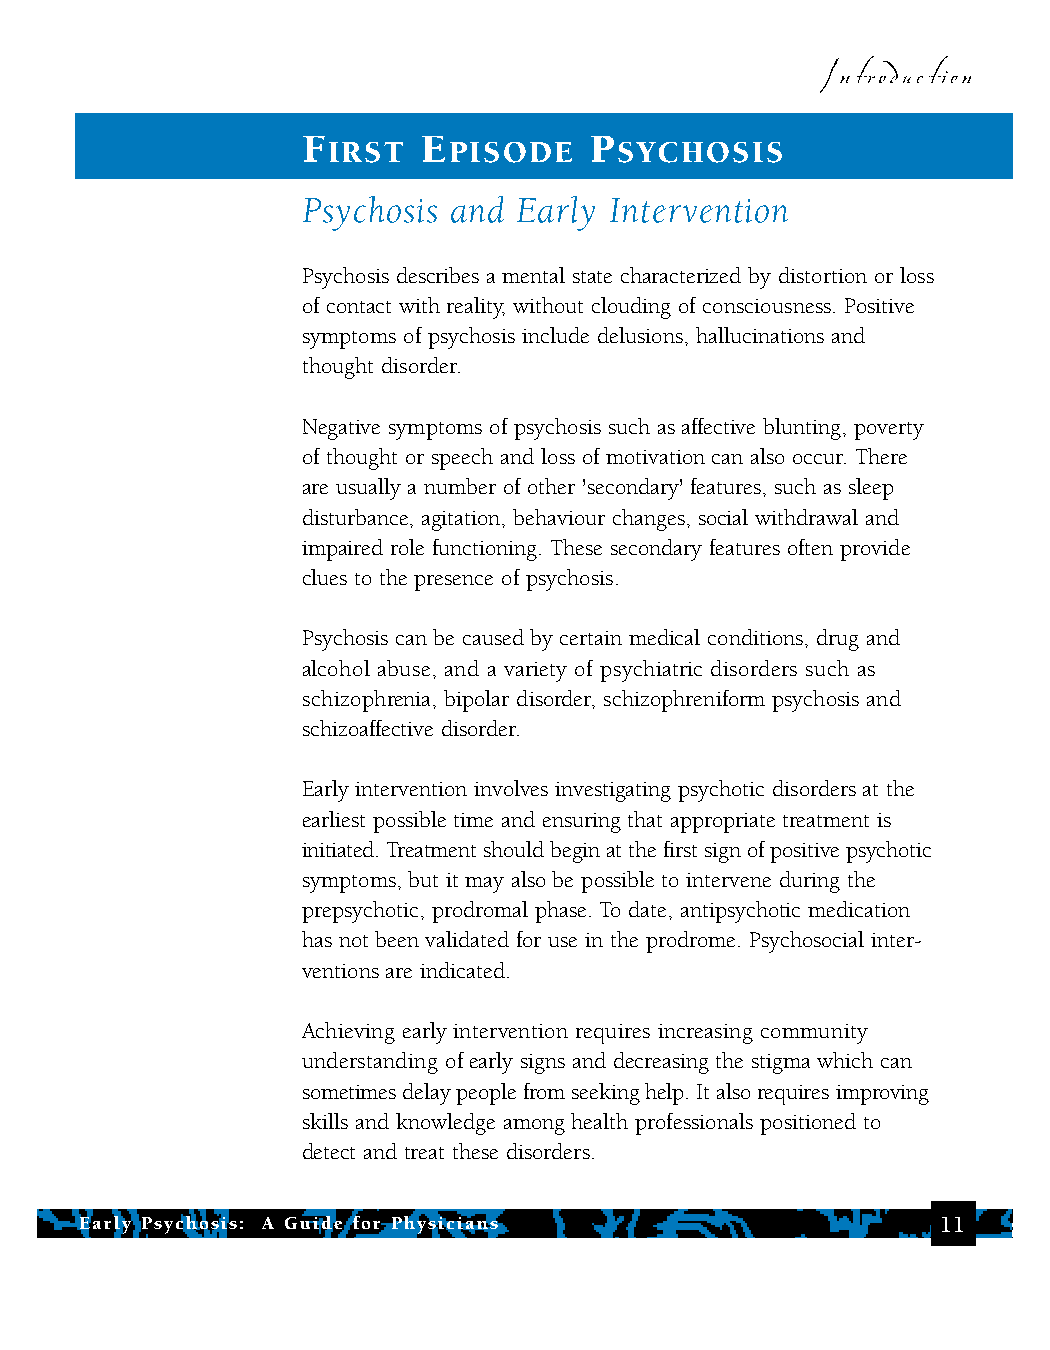
Introduction
 F       E          P
 IRST    PISODE     SYCHOSIS
 Psychosis and Early Intervention
 Psychosis describes a mental state characterized by distortion or loss
 of contact with reality, without clouding of consciousness. Positive
 symptoms of psychosis include delusions, hallucinations and
 thought disorder.
 Negative symptoms of psychosis such as affective blunting, poverty
 of thought or speech and loss of motivation can also occur. There
 are usually a number of other 'secondary' features, such as sleep
 disturbance, agitation, behaviour changes, social withdrawal and
 impaired role functioning. These secondary features often provide
 clues to the presence of psychosis.
 Psychosis can be caused by certain medical conditions, drug and
 alcohol abuse, and a variety of psychiatric disorders such as
 schizophrenia, bipolar disorder, schizophreniform psychosis and
 schizoaffective disorder.
 Early intervention involves investigating psychotic disorders at the
 earliest possible time and ensuring that appropriate treatment is
 initiated. Treatment should begin at the first sign of positive psychotic
 symptoms, but it may also be possible to intervene during the
 prepsychotic, prodromal phase. To date, antipsychotic medication
 has not been validated for use in the prodrome. Psychosocial inter-
 ventions are indicated.
 Achieving early intervention requires increasing community
 understanding of early signs and decreasing the stigma which can
 sometimes delay people from seeking help. It also requires improving
 skills and knowledge among health professionals positioned to
 detect and treat these disorders.
 Early Psychosis: A Guide for Physicians                  11